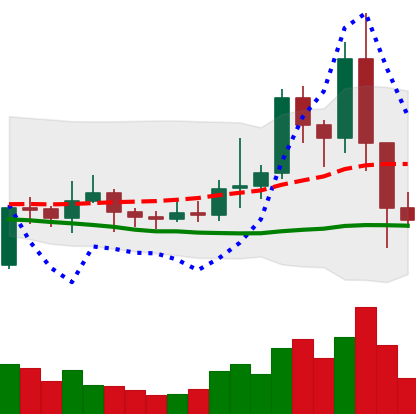
Ticker: EOS-USD
Chart end date: 2021-01-12
Forward return: 6.686%
Label: up_5_7